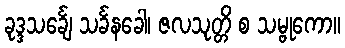
ခုဒ္ဒသင်္ချေ သင်္ခနခေါ၊ ဇလသုတ္တိ စ သမ္ဗုကော။